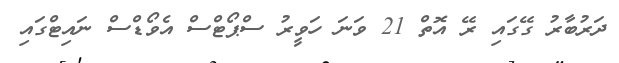
ދަރުބާރު ގޭގައި ރޭ އޮތް 21 ވަނަ ހަވީރު ސްޕޯޓްސް އެވޯޑްސް ނައިޓްގައި